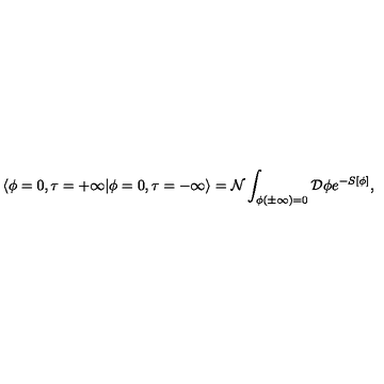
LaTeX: \langle \phi = 0 , \tau = + \infty | \phi = 0 , \tau = - \infty \rangle = { \cal N } \int _ { \phi ( \pm \infty ) = 0 } { \cal D } \phi e ^ { - S [ \phi ] } ,